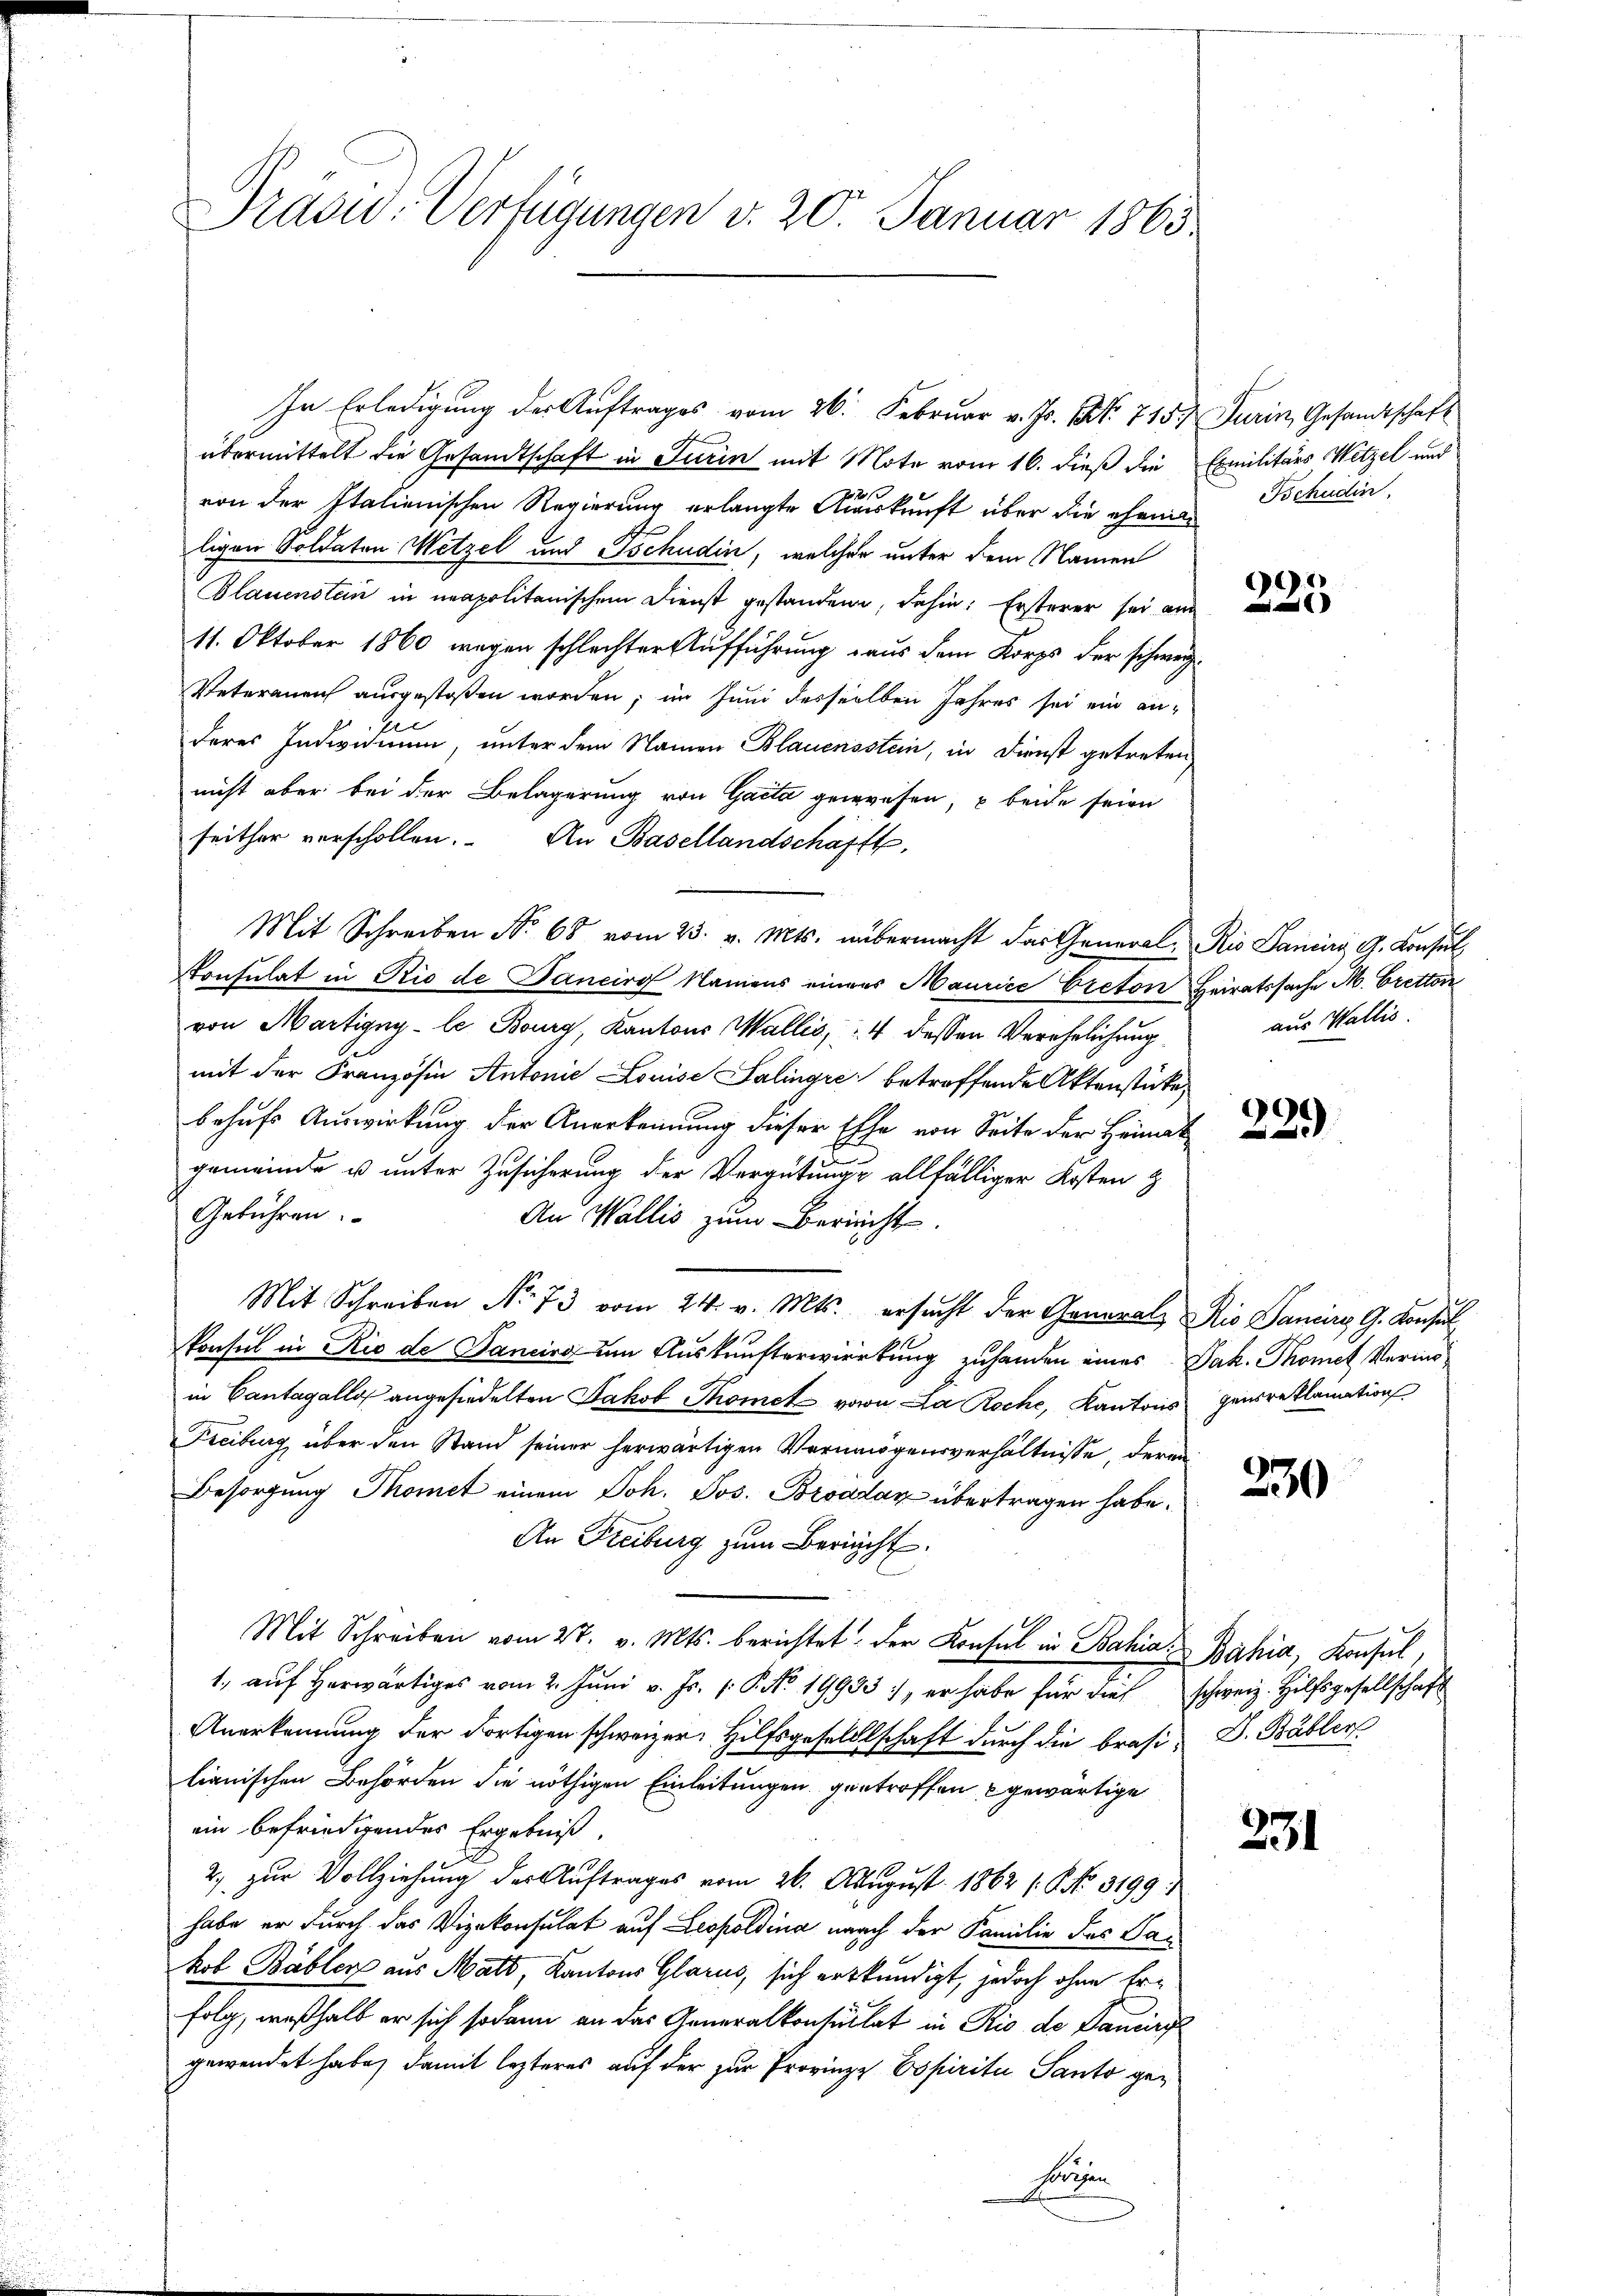
Präsid. Verfügungen v. 20. Januar 1865

übermittelt die Gesandtschaft in Turin mit Mote vom 16. dieß die Exmilitärs Witzel und
f
von der Italienischen Regierung erlangte Auskunft über die eheman
ligen Soldaten Wetzel und Tschudin, welcher unter dem Namen
Blauensten in neapolitanischem Dienst gestandene, dahin: Ersterer sei am
11. Oktober 1860 wegen schlechter Aufführung aus dem Korps der schweiz¬
Veteranen ausgestoßen worden; im Juni desselben Jahres sei ein anderes Individuum, unter dem Namen Blauensstein, in Dienst getreten,
nicht aber bei der Belagerung von Gacta gewesen, u beide seien
seither verschollen. An Basellandschafft,
Mit Schreiben No 68 vom 23. v. Mts. übermacht das General-Ris Sania G. Konsulkonsulat in Rio de Dancire Namens eines Maurice Preton Heiratssache M. Bretton
von Martigny-le Bourg, Kantons Wallis, 4 dessen Verehelichung
mit der Französin Antonie Louise Salingre betroffende Aktenstücke,
behufs Auswirkung der Anerkennung dieser Ehe von Seite der Heimat
gemeinde u unter Zusicherung der Vergütungs allfälliger Kosten z
Gebühren.
An Wallis zum Bericht.
S
Mit Schreiben N. 73 vom 24. v. Mts. ersŭcht der General Rio Daniere G. Konsul
konsul in Rio de Janeiro um Auskunfterwirrtung zuhanden eines Jak. Thomet Vermöin Cantagallo angesiedelten Jakob Thomek von La Roche, Kantons genreklamation
Feciburg über den Stand seiner herwärtigen Vermögensverhältnisse, deren
Besorgung Thomet einem Joh. Jos. Broadar übertragen habe.
An Freiburg zum Bericht.
Mit Schreiben vom 27. v. Mts. berichtet: der Konsul in Bahia Bahia, Konsul,
1. aŭf herwärtiges vom 2. Juni v. Js. v. P. Nr. 19933. er habe für dies schweiz. Hilfsgesellschaft
Anerkennung der dortigen schweizer. Hilfsgesellschaft durch die Brasi-D. Bäblers
lianischen Behörden die nöthigen Einleitungen getroffen gewärtige
ein befriedigendes Ergebnis.
2. zur Vollziehung der Auftrages vom 26. August 1862 s. No. 3199.
habe er durch das Vizekonsulat auf Leopoldina nach der Familie des Sakob Bäbler aus Matt, Kantons Glarus, sich erkundigt, jedoch ohne Erfolg, weßhalb er sich sodann an das Generalkonsultat in Rio de Damir
gewendet habe, damit lezteres auf der zur Provinze Espiritu Santo gehörigen

In Erledigung der Auftrages vom 26. Februar v. Js. Nr. 715. Jurin, Gesandtschaft

Tschudin.

.

aus Wallis.

9
20

230

231